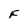
Character: F